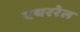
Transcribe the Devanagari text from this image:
एयररेल